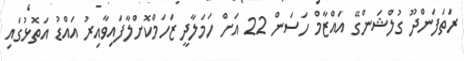
ރަތަފަންދޫ ގުލްޝަންގޭ އައްޒާމް ހަސަން 22 އަށް ހަމަލާދީ ޒަހަމްކޮށްލާފައިވާއިރު އައްޑު އަތޮޅުގައި